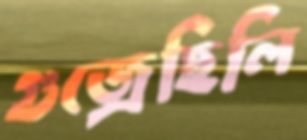
গুজ্‌রেছিলি